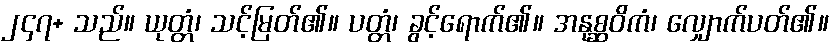
၂၄၇+ သည်။ ယုတ္တံ၊ သင့်မြတ်၏။ ပတ္တံ၊ ခွင့်ရောက်၏။ အနုစ္ဆဝိကံ၊ လျှောက်ပတ်၏။